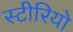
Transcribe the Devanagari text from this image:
स्‍टीरियो